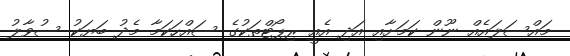
މައްސަލައެއް ނޫން ކަމަށާއި އަދި އެއީ ރިޕޯޓްތަކުގެ ސައްހަކަމާ މެދު ބަޔަކު ސުވާލު